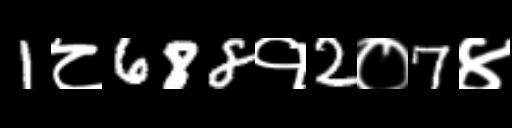
Text: 1८688१2०7४